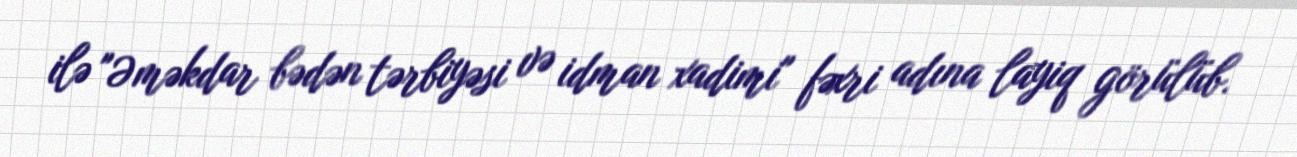
ilə "Əməkdar bədən tərbiyəsi və idman xadimi" fəxri adına layiq görülüb.